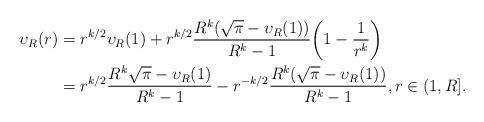
LaTeX: \begin{align*} \upsilon_R(r) &= r^{k/2} \upsilon_R(1) + r^{k/2} \frac{R^k (\sqrt\pi-\upsilon_R(1))}{R^k-1} \bigg(1-\frac1{r^k}\bigg)\\ &=r^{k/2} \frac{R^k\sqrt\pi-\upsilon_R(1)}{R^k-1}-r^{-k/2}\frac{R^k(\sqrt\pi-\upsilon_R(1))}{R^k-1}, r\in(1,R].\end{align*}